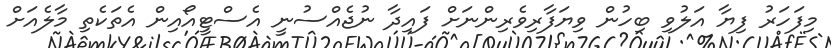
މިފަހަރު ފިޔާ އަލުވި ބިހުން ވިޔަފާރިވެރިންނަށް ފައިދާ ނުޖެއްސުނީ އެސްޓީއޯއިން އެތަކެތި މާލެއަށް